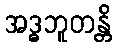
အဒ္ဓဘူတန္တိ